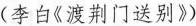
(李白《渡荆门送别》)